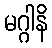
မဂ္ဂါနိ